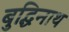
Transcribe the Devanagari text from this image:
बुद्धिनाथ